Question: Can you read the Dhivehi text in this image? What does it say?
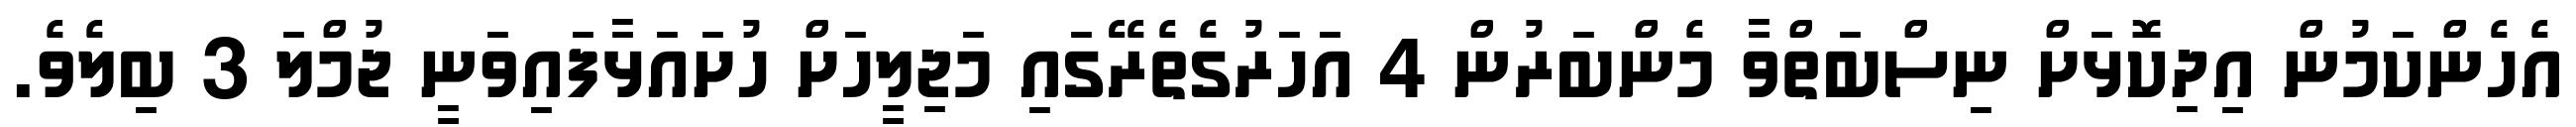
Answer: އެހެންކަމުން އިދިކޮޅަށް ނިސްބަތްވާ މެންބަރުން 4 އަހަރުގެތެރޭގައި މަޖިލީހަށް ހުށައަޅާފައިވަނީ ޖުމްލަ 3 ބިލެވެ.